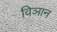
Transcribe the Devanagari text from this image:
विञान